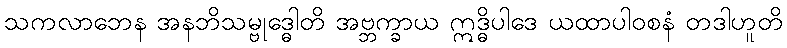
သကလာဘေန အနဘိသမ္ဗုဒ္ဓေါတိ အဗ္ဘက္ခာယ ဣဒ္ဓိပါဒေ ယထာပါဝစနံ တဒါဟူတိ